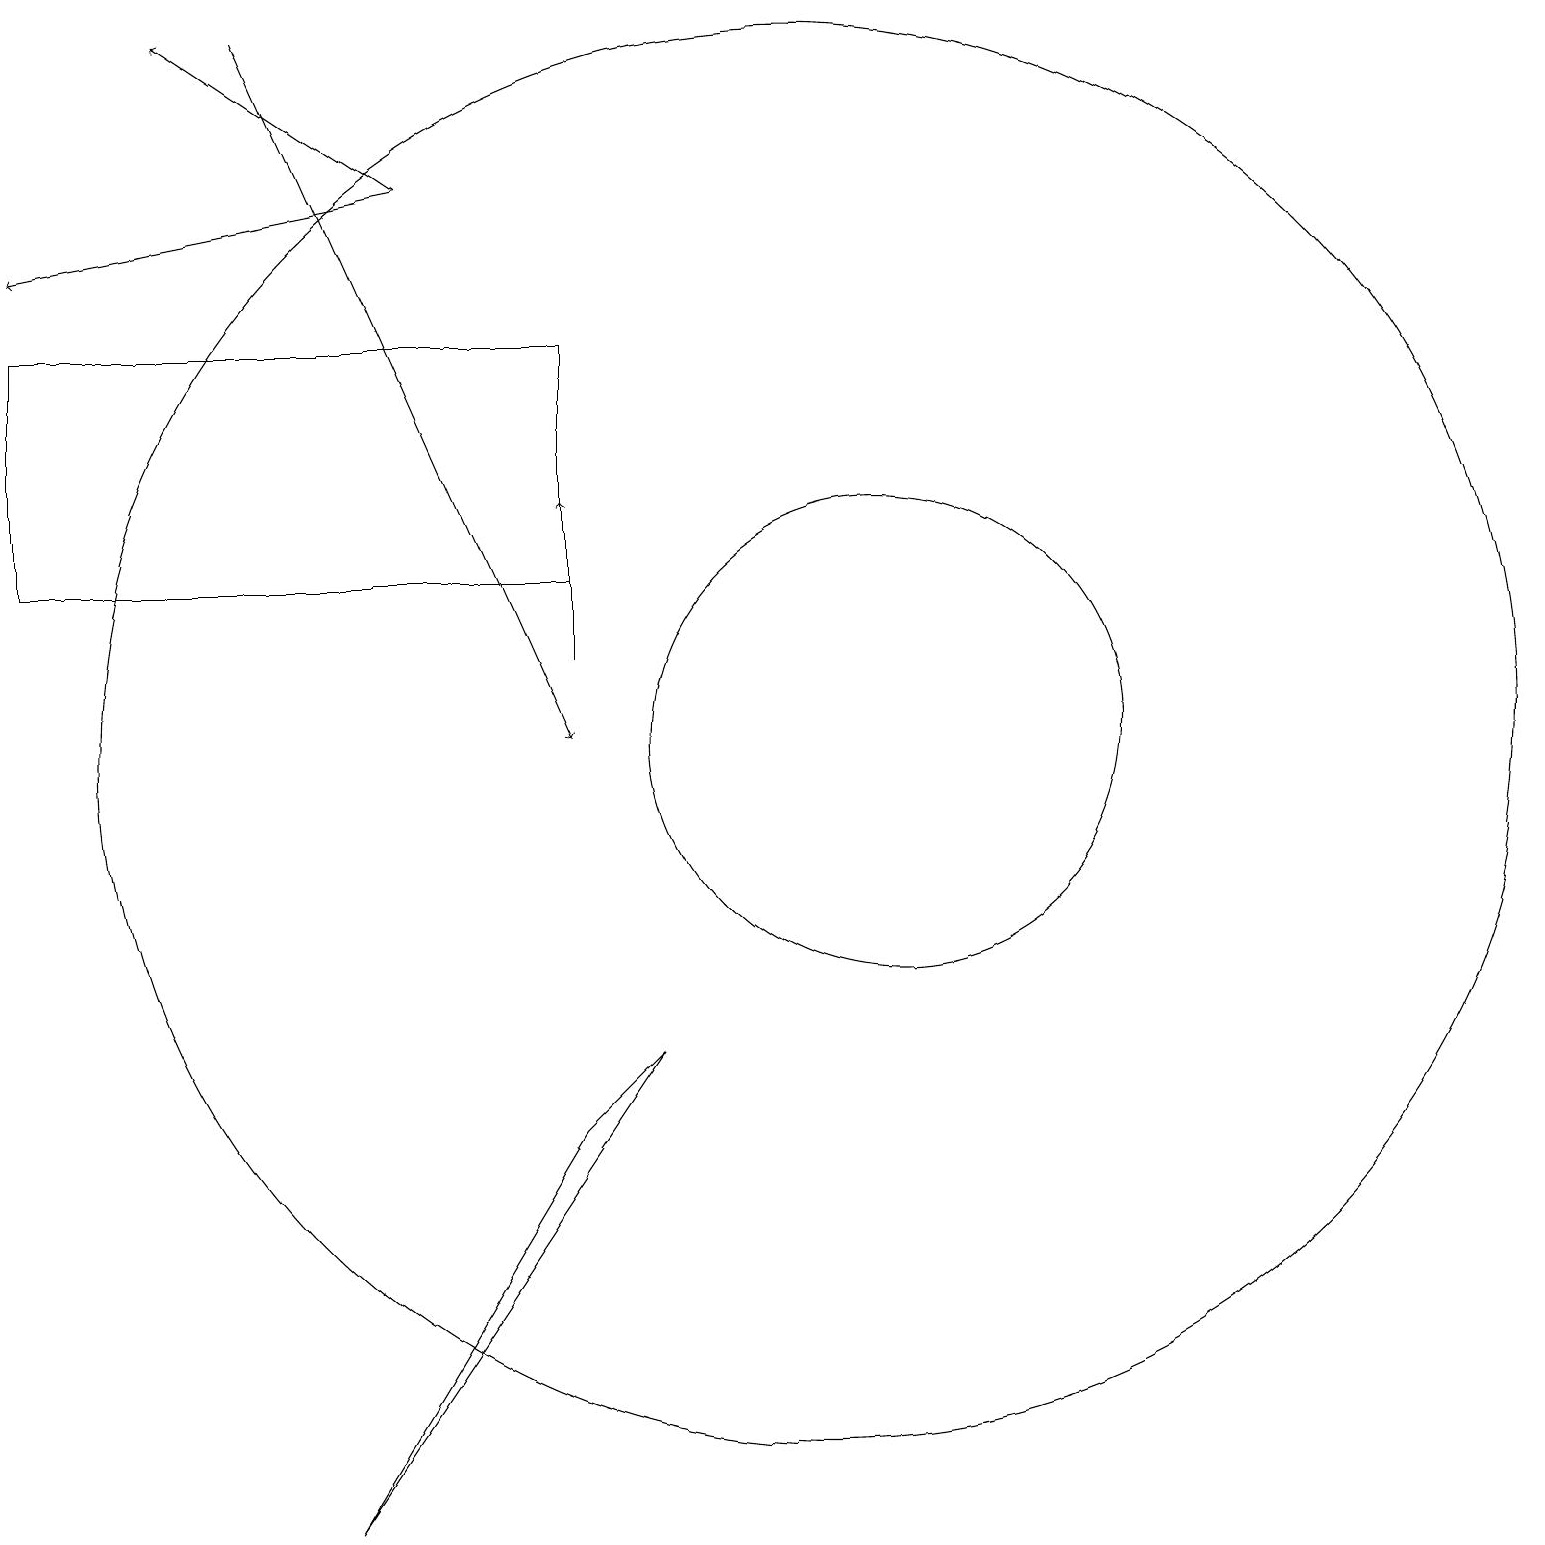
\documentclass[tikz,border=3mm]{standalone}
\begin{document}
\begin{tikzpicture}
\draw (10,10) circle (9);
\draw[->] (7,11) -- (7,13);
\draw[->] (5,17) -- (0,16);
\draw[->] (5,17) -- (2,19);
\draw (7,12) rectangle (0,15);
\draw[->] (3,19) -- (7,10);
\draw (4,0) -- (7,5) -- (8,6) -- cycle;
\draw (11,10) circle (3);
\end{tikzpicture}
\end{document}